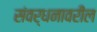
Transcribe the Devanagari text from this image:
संवर्धनावरील